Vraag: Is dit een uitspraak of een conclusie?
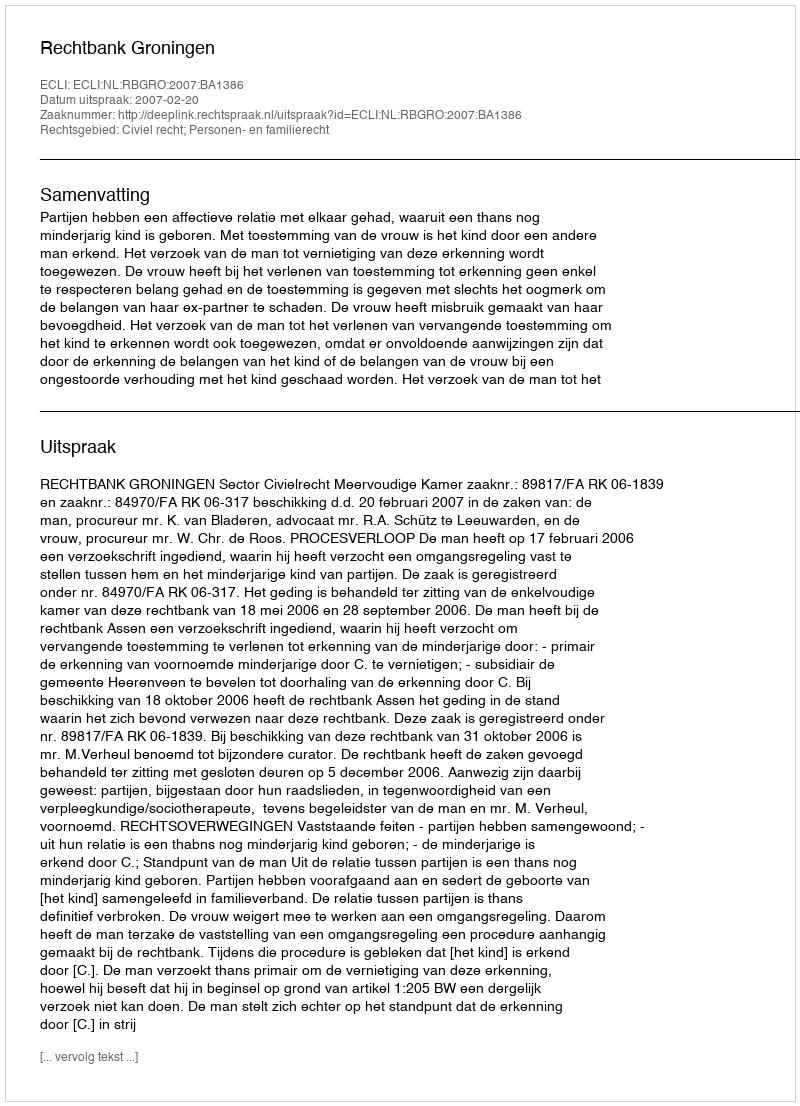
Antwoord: Uitspraak